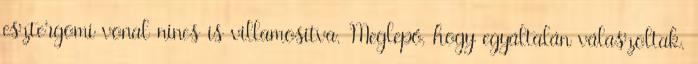
esztergomi vonal nincs is villamositva. Meglepő, hogy egyáltalán válaszoltak.